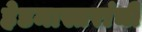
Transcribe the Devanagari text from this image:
हेडमास्तरांची